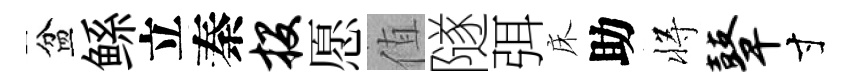
盆鲧立秦投愿值隧弭床助将鼙寸